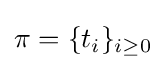
\pi =\{t_{i}\}_{i\geq 0}